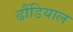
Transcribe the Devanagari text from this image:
ढौंडियाल